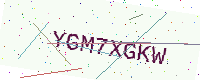
Text: YGM7XGKW